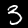
Label: 3